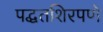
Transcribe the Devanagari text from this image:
पद्धतशिरपणे